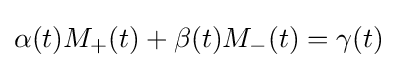
\alpha (t)M_{+}(t)+\beta (t)M_{-}(t)=\gamma (t)